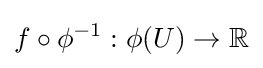
f\circ \phi ^{-1}:\phi (U)\to \mathbb {R}